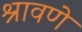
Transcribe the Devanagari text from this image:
श्रावणे